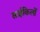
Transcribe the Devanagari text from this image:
साईकिलों